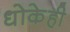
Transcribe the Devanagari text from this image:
धोकेही